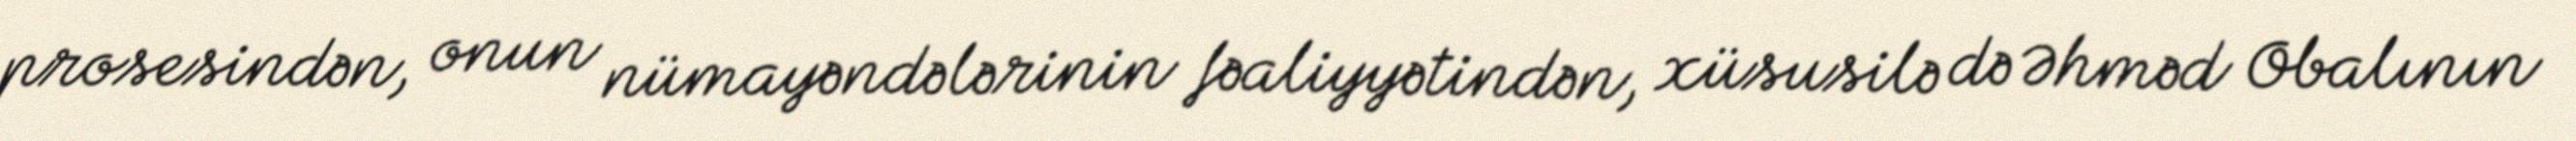
prosesindən, onun nümayəndələrinin fəaliyyətindən, xüsusilə də Əhməd Obalının